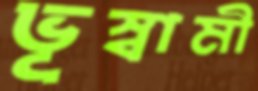
ভূস্বামী